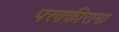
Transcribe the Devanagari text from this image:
परक्कीरामा